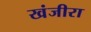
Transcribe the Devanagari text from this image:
खंजीरा